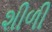
શીળી